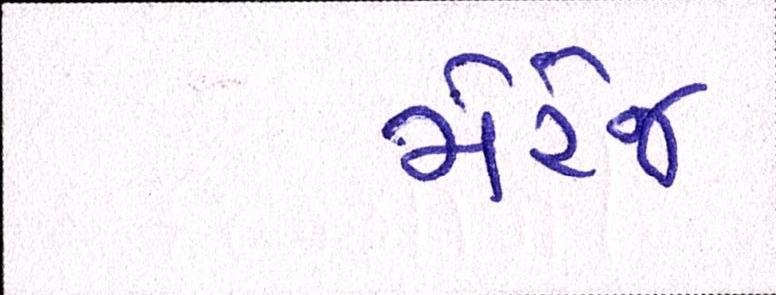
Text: મેરેજ